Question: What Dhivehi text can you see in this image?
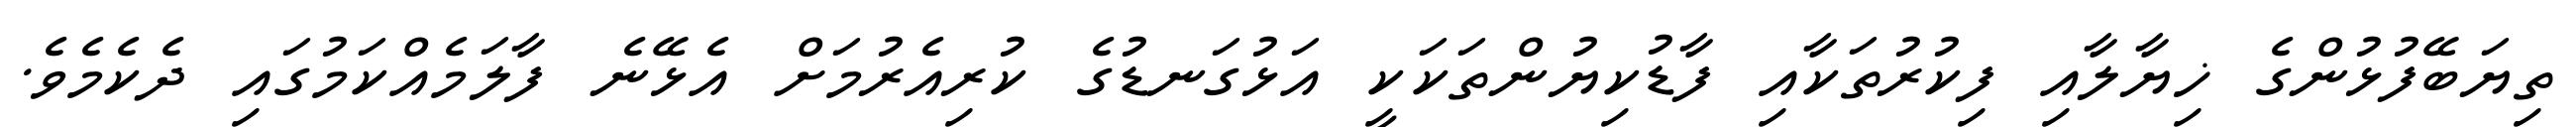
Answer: ތިޔަބޭފުޅުންގެ ޚިޔާލާއި ފިކުރުތަކާއި ފާޑުކިޔުންތަކަކީ އަޅުގަނޑުގެ ކުރިއެރުމަށް އެޅޭނެ ފާލަމެއްކަމުގައި ދެކެމެވެ.